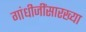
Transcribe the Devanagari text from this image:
गांधीजींसारख्या